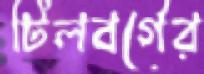
টিলবর্গের